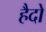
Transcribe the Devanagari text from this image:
हैदो